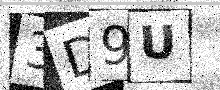
Text: 3D9U